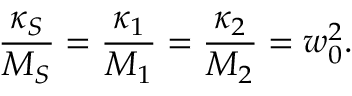
\frac { \kappa _ { S } } { M _ { S } } = \frac { \kappa _ { 1 } } { M _ { 1 } } = \frac { \kappa _ { 2 } } { M _ { 2 } } = w _ { 0 } ^ { 2 } .